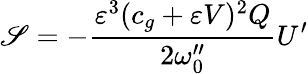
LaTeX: \mathscr{S}=-\frac{\varepsilon^{3}(c_{g}+\varepsilon V)^{2}Q}{2\omega_{0}^{\prime\prime}}U^{\prime}